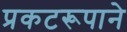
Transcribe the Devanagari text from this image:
प्रकटरूपाने